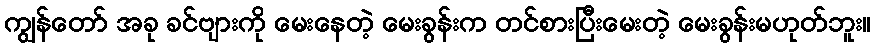
ကျွန်တော် အခု ခင်ဗျားကို မေးနေတဲ့ မေးခွန်းက တင်စားပြီးမေးတဲ့ မေးခွန်းမဟုတ်ဘူး။